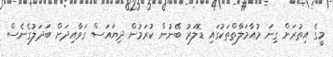
މީގެ އިތުރަށް ގިނަ މުއާމަލާތްތަކުގައި ޑޮލަރު ބޭނުން ކުރަމުން ދިޔައަސް ގަވާއިދަށް ބަދަލުގެނެސް